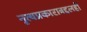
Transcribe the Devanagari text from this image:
नृत्यप्रकाराबद्दलही